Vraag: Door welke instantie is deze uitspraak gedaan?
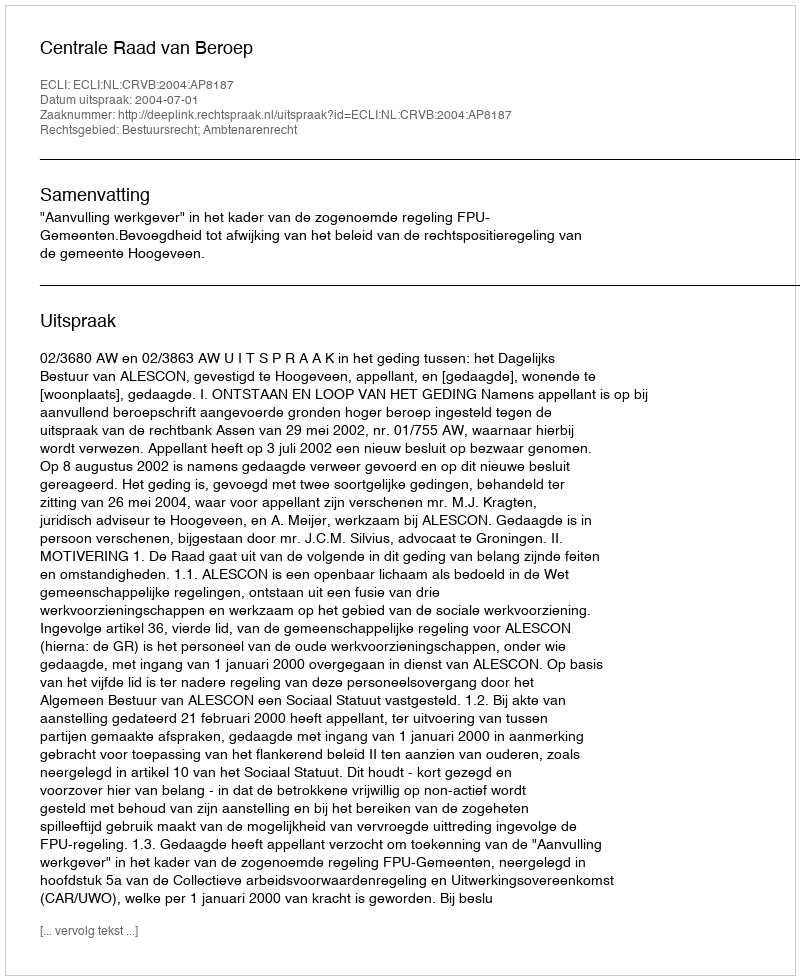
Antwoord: Centrale Raad van Beroep